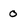
Character: 0